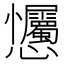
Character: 𢦇